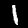
Digit: 1